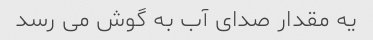
یه مقدار صدای آب به گوش می رسد